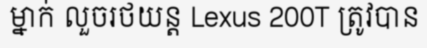
ម្នាក់ លួចរថយន្ត Lexus 200T ត្រូវបាន